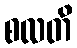
စလတိ